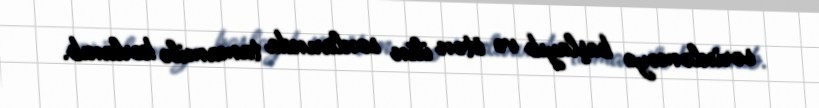
sərinləməyə başlayıb və ötən ilin sonlarında tamamilə korlanıb.